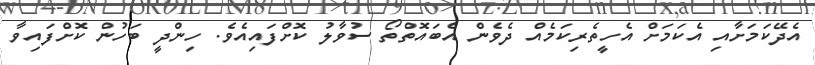
އެދޭކަމަށާއި އެކަމަށް އެހީތެރިކަމެއް ދެވެން އެބައޮތްތޯ ސުވާލު ކޮށްފައިއެވެ. ހިންދީ ބަހުން ކޮށްފައިވާ